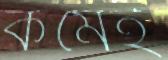
কর্মেই